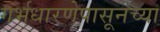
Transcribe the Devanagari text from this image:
गर्भधारणेपासूनच्या